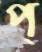
প্